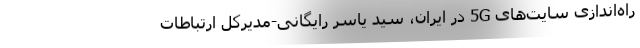
راه‌اندازی سایت‌های 5G در ایران، سید یاسر رایگانی-مدیرکل ارتباطات